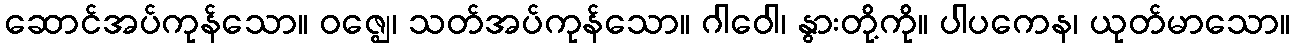
ဆောင်အပ်ကုန်သော။ ဝဇ္ဈေ၊ သတ်အပ်ကုန်သော။ ဂါဝေါ၊ နွားတို့ကို။ ပါပကေန၊ ယုတ်မာသော။